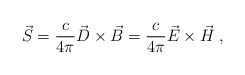
\begin{align*} \vec{S} = \frac{c}{4 \pi} \vec{D} \times \vec{B} = \frac{c}{4 \pi} \vec{E} \times \vec{H} \;,\end{align*}